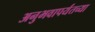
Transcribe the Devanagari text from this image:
अनुभवापर्यंतच्या